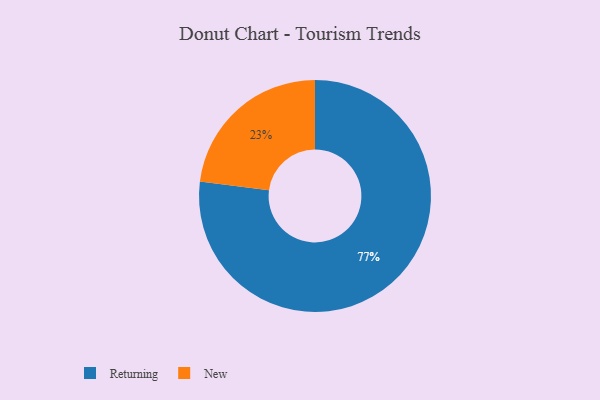
{"axis": {"x": "Category", "y": "Percentage"}, "legend": ["New", "Returning"], "data": [{"x": "Returning", "y": 77, "type": "Returning"}, {"x": "New", "y": 23, "type": "New"}]}